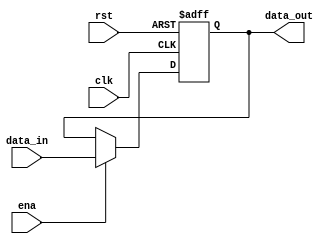
`timescale 1ns / 1ps

// 
//  PipeIRPipeID
module Reg(
    input clk,
    input rst,
    input ena,
    input [31:0] data_in,
    output [31:0] data_out
);
    reg [31:0] out;
    
    assign data_out = out;
    
    always@(posedge clk or posedge rst)
	begin
		if (rst == 1) 
			out <= 32'h0000_0000;
        else if(ena)
			out <= data_in;
        else 
            out <= out;
	end

endmodule